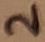
Text: 2